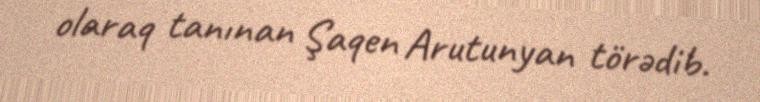
olaraq tanınan Şaqen Arutunyan törədib.